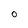
Character: O